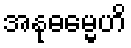
အနုဓမ္မေဟိ